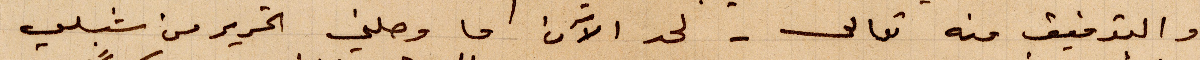
والتدفق منه تعالى - لحد الآن ما وصلني التحرير من شبلي